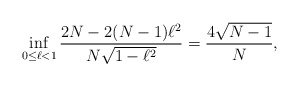
\begin{align*}\inf_{0 \leq \ell < 1} \frac{2N - 2(N-1) \ell^2}{N \sqrt{1 - \ell^2}} = \frac{4 \sqrt{N-1}}{N}, \end{align*}